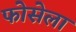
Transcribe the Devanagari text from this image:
फोसेला